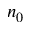
n _ { 0 }